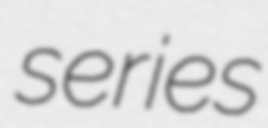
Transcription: series